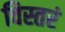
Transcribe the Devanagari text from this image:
विस्तरं